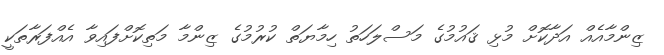
ޒިންމާއެއް އަދާކޮށް މުޅި ޤައުމުގެ މަސްލަހަތު ހިމާޔަތް ކުރުމުގެ ޒިންމާ މަތިކޮށްފައިވާ އެއްފަރާތަކީ